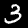
Label: 3